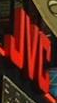
JVC